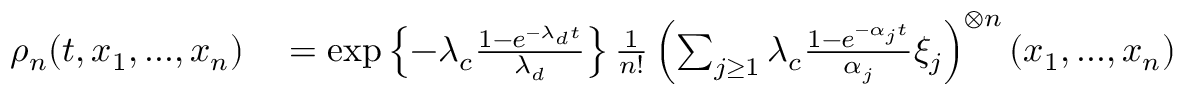
\begin{array} { r l } { \rho _ { n } ( t , x _ { 1 } , . . . , x _ { n } ) } & { { } = \exp \left\{ - \lambda _ { c } \frac { 1 - e ^ { - \lambda _ { d } t } } { \lambda _ { d } } \right\} \frac { 1 } { n ! } \left( \sum _ { j \geq 1 } \lambda _ { c } \frac { 1 - e ^ { - \alpha _ { j } t } } { \alpha _ { j } } \xi _ { j } \right) ^ { \otimes n } ( x _ { 1 } , . . . , x _ { n } ) } \end{array}